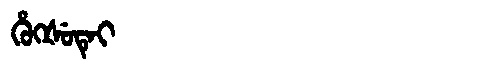
Manchu: ᡥᡠᡴᡧᡠᡨᡝᡳ
Romanization: HUKŠUTEI